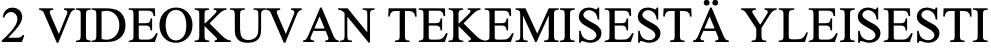
2 VIDEOKUVAN TEKEMISESTÄ YLEISESTI